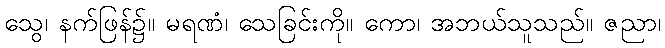
သွေ၊ နက်ဖြန်၌။ မရဏံ၊ သေခြင်းကို။ ကော၊ အဘယ်သူသည်။ ဇညာ၊